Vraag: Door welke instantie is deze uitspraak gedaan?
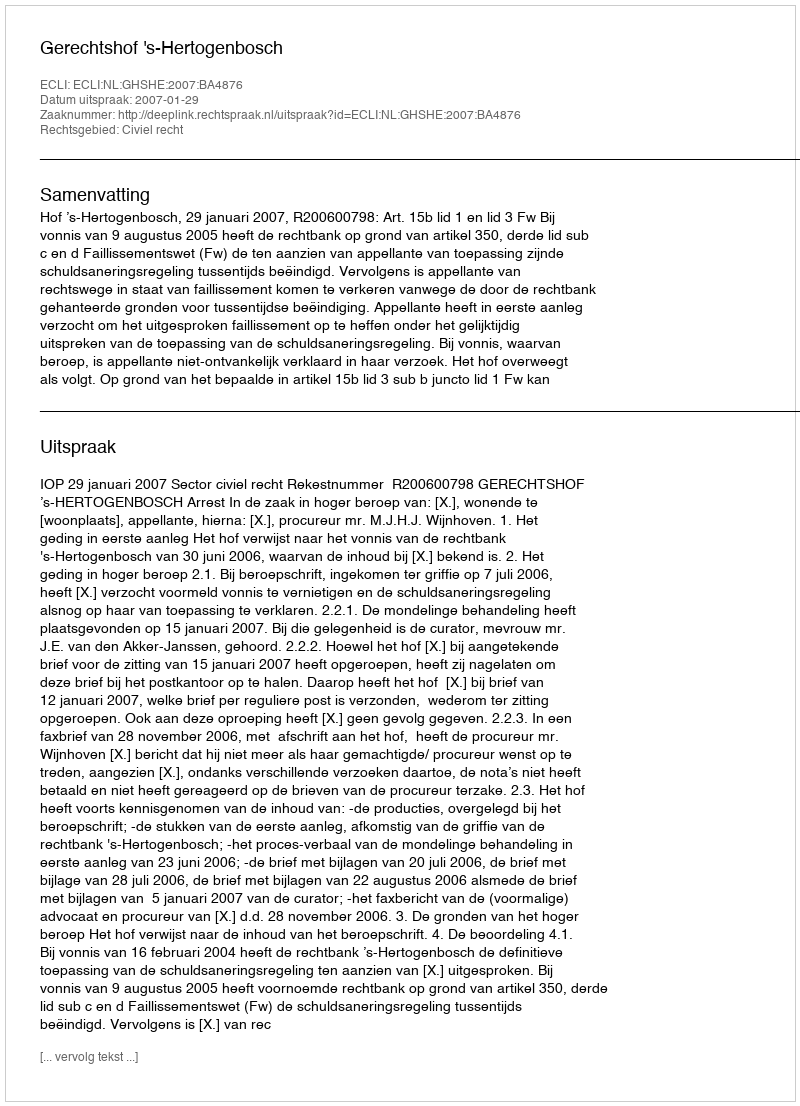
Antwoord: Gerechtshof 's-Hertogenbosch